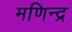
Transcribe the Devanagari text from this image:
मणिन्द्र